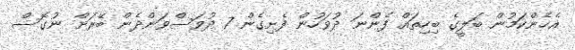
އެހެންކަމުން ބަލީގެ ބިހިތައް ފެންނަ ދުވަހުން ފެށިގެން 7 ދުވަސްވަންދެން ބޭރަށް ނުގޮސް